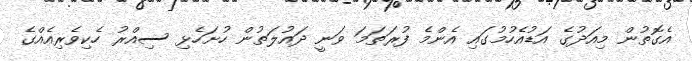
އެގޮތުން މިއަދުގެ އަޑުއެހުމުގައި އެންމެ ފުރަތަމަ ވަނީ ދައުލަތުން ހުށަހެޅި ސިއްރު ހެކިވެރިއެއްގެ